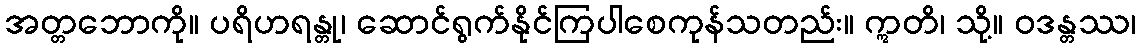
အတ္တဘောကို။ ပရိဟရန္တု၊ ဆောင်ရွက်နိုင်ကြပါစေကုန်သတည်း။ ဣတိ၊ သို့။ ဝဒန္တဿ၊